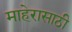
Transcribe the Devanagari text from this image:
माहेरासाठी